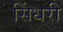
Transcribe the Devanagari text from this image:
सिंधरी